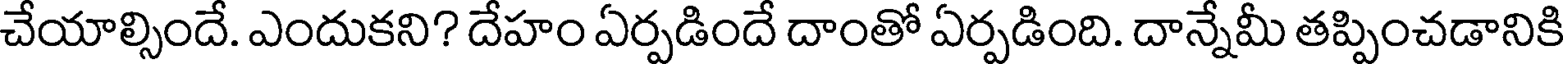
చేయాల్సిందే. ఎందుకని? దేహం ఏర్పడిందే దాంతో ఏర్పడింది. దాన్నేమీ తప్పించడానికి